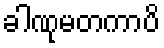
ခါဏုမတကာပိ